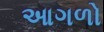
આગળો